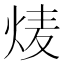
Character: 𮳩